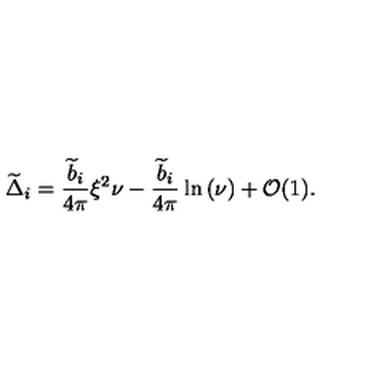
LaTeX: { \widetilde \Delta } _ { i } = { \frac { { \widetilde b } _ { i } } { 4 \pi } } \xi ^ { 2 } \nu - { \frac { { \widetilde b } _ { i } } { 4 \pi } } \ln \left( \nu \right) + { \cal O } ( 1 ) .